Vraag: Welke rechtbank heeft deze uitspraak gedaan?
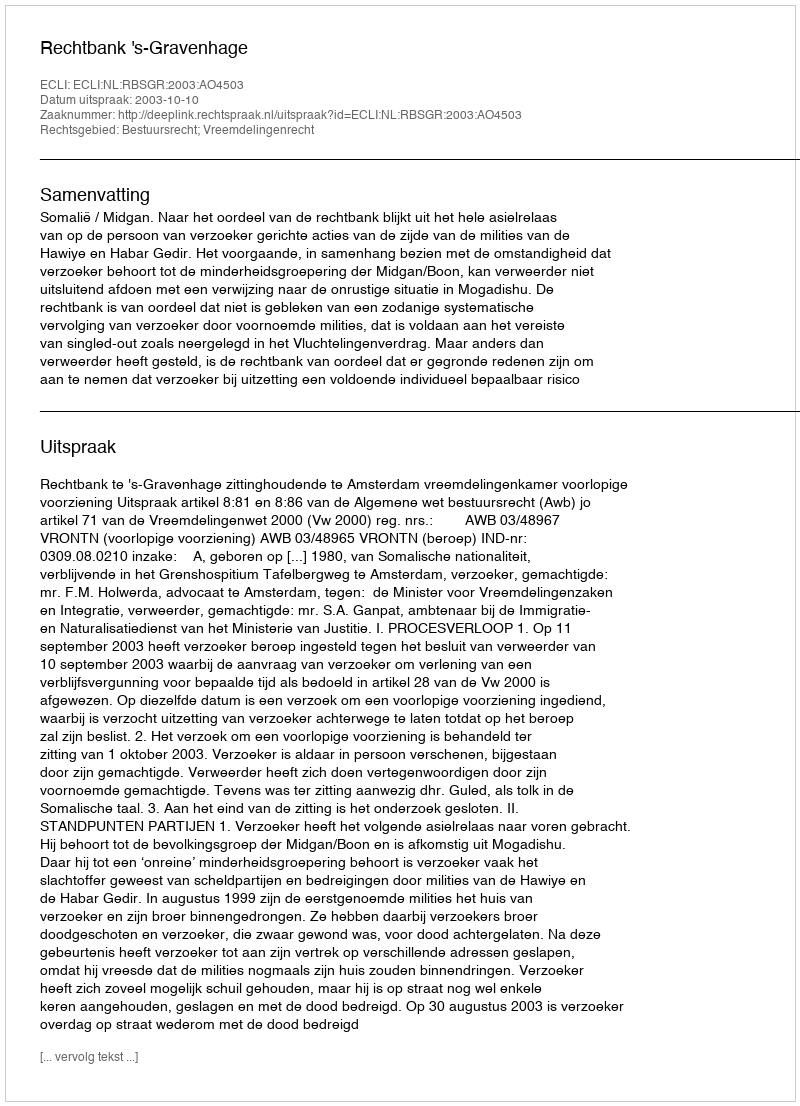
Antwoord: Rechtbank 's-Gravenhage